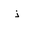
Letter: _thal